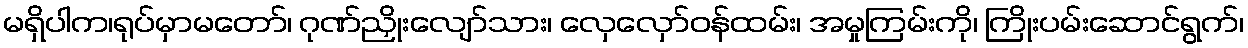
မရှိပါက၊ရုပ်မှာမတော်၊ ဂုဏ်ညှိုးလျော်သား၊ လှေလှော်ဝန်ထမ်း၊ အမှုကြမ်းကို၊ ကြိုးပမ်းဆောင်ရွက်၊